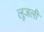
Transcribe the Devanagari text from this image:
लूजली